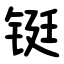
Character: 铤